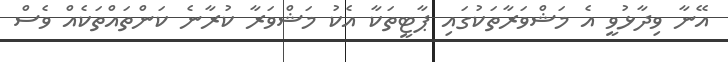
އޭނާ ވިދާޅުވީ އެ މަޝްވަރާތަކުގައި ޕާޓީތަކާ އެކު މަޝްވަރާ ކުރާނެ ކަންތައްތަކެއް ވެސް